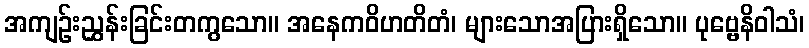
အကျဉ်းညွှန်းခြင်းတကွသော။ အနေကဝိဟတိတံ၊ များသောအပြားရှိသော။ ပုဗ္ဗေနိဝါသံ၊